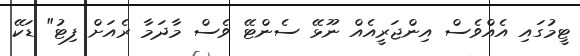
ޓީމުގައި އެއްވެސް އިންޖަރީއެއް ނޫޅޭ ސެންޓޭ ވެސް މާދަމާ ރެއަށް ފިޓު" ޑަކޭ